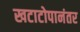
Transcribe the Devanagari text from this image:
खटाटोपानंतर